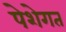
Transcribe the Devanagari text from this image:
पेशेगत